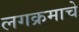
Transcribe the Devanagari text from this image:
लगक्रमाचे